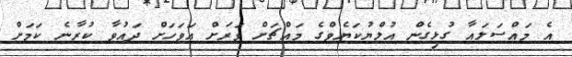
އެ މައްސަލައާ ގުޅިގެން އުލްޔުކަޔެވްގެ މައްޗަށް ވަރަށް އަވަހަށް ދައުވާ ކުރާނެ ކަމަށް